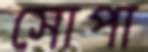
সোপা